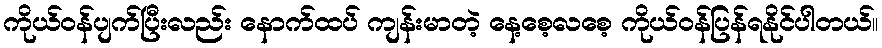
ကိုယ်ဝန်ပျက်ပြီးလည်း နောက်ထပ် ကျန်းမာတဲ့ နေ့စေ့လစေ့ ကိုယ်ဝန်ပြန်ရနိုင်ပါတယ်။